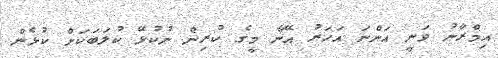
އިމްރާނު ވަނީ އަންނަ އަހަރު އޭނާ މީގެ ކުރިން ނުކުޅޭ ކުލަބަކަށް ކުޅެން